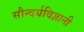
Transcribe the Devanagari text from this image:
सौन्दर्यविज्ञानी